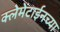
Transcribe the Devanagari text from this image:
क्लेमेंटाईनच्या